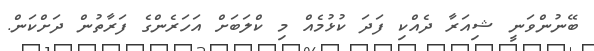
ބޭނުންވަނީ ޝިއަރާ ދެއްކި ފަދަ ކުޅުމެއް މި ކްލަބަށް އަހަރެންގެ ފަރާތުން ދަށްކަން.